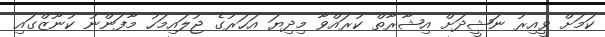
ކަމަށް ވީއިރު ނަޝީދަށް އިޝާރާތް ކުރައްވާ މިދިޔަ އަހަރުގެ ޖުލައިމަހު މާފަންނު ކުނޫޒްގައި